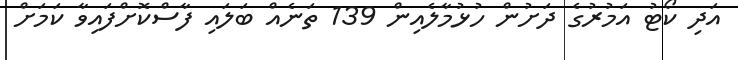
އަދި ކޯޓު އަމުރުގެ ދަށުން ހުޅުމާލެއިން 139 ތަނެއް ބަލައި ފާސްކޮށްފައިވާ ކަމަށް